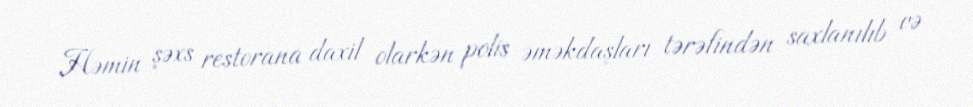
Həmin şəxs restorana daxil olarkən polis əməkdaşları tərəfindən saxlanılıb və